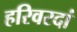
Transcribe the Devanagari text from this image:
हरिवरदां